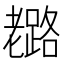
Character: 𦓉